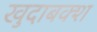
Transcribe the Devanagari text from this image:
खुदाबक्‍श